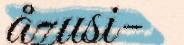
åzusi-